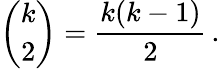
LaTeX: {\binom{k}{2}}={\frac{k(k-1)}{2}}\, .